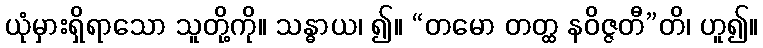
ယုံမှားရှိရာသော သူတို့ကို။ သန္ဓာယ၊ ၍။ “တမော တတ္ထ နဝိဇ္ဇတီ”တိ၊ ဟူ၍။